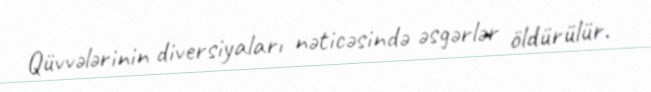
Qüvvələrinin diversiyaları nəticəsində əsgərlər öldürülür.